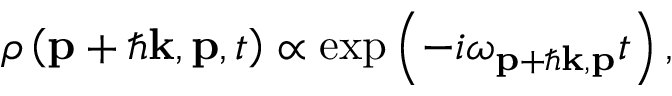
\rho \left( \mathbf { p } + \hbar \mathbf { k } , \mathbf { p } , t \right) \propto \exp \left( - i \omega _ { \mathbf { p } + \hbar \mathbf { k } , \mathbf { p } } t \right) ,